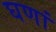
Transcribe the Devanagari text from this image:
घणां